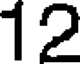
12